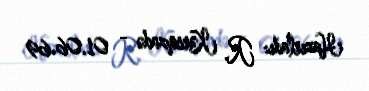
Hazırladı: R. Kərimzadə - 01.06.69